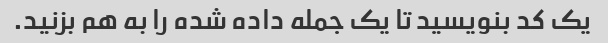
یک کد بنویسید تا یک جمله داده شده را به هم بزنید.